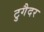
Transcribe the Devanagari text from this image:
टुगैदर